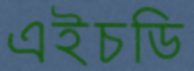
এইচডি